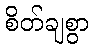
စိတ်ချစွာ